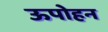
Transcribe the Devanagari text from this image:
ऊपोहन